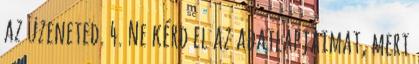
az üzeneted. 4. Ne kérd el az adatlapjaimat, mert